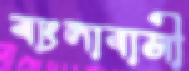
বাংলাবাসী